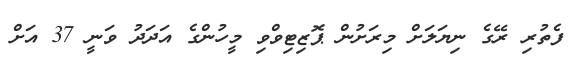
ފެތުރި ރޭގެ ނިޔަލަށް މިރަށުން ޕޮޒިޓިވްވި މީހުންގެ އަދަދު ވަނީ 37 އަށް